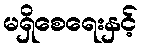
မရှိစေရေးနှင့်